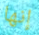
إنها